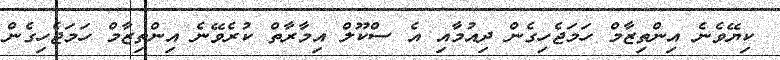
ކިޔޭވެނެ އިންތިޒާމް ހަމަޖެހިގެން ދިއުމާއި އެ ސްކޫލް އިމާރާތް ކުރެވޭނެ އިންތިޒާމް ހަމަޖެހިގެން